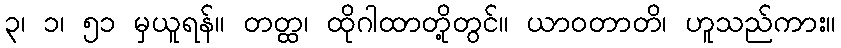
၃၊ ၁၊ ၅၁ မှယူရန်။ တတ္ထ၊ ထိုဂါထာတို့တွင်။ ယာဝတာတိ၊ ဟူသည်ကား။